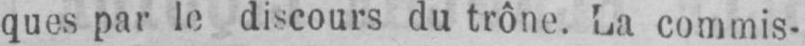
ques par le discours du trône. La commis-